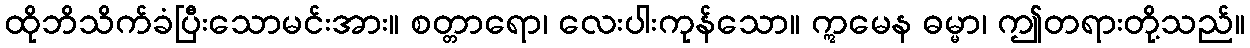
ထိုဘိသိက်ခံပြီးသောမင်းအား။ စတ္တာရော၊ လေးပါးကုန်သော။ ဣမေန ဓမ္မာ၊ ဤတရားတို့သည်။